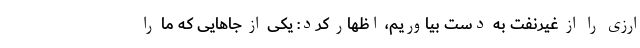
ارزی را از غیرنفت به دست بیاوریم، اظهار کرد: یکی از جاهایی که ما را